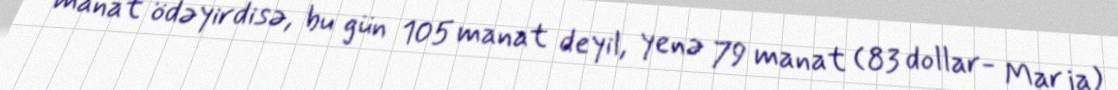
manat ödəyirdisə, bu gün 105 manat deyil, yenə 79 manat (83 dollar- Marja)